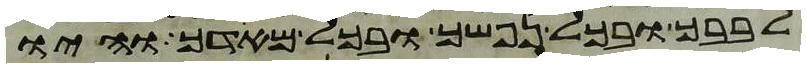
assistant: לבבך ובכל נפשך ובכל מאדך והיו